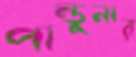
পান্ডুনার